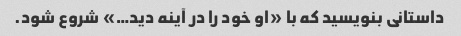
داستانی بنویسید که با «او خود را در آینه دید…» شروع شود.